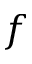
f